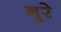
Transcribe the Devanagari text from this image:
नुरे